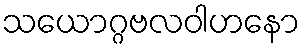
သယောဂ္ဂဗလဝါဟနော